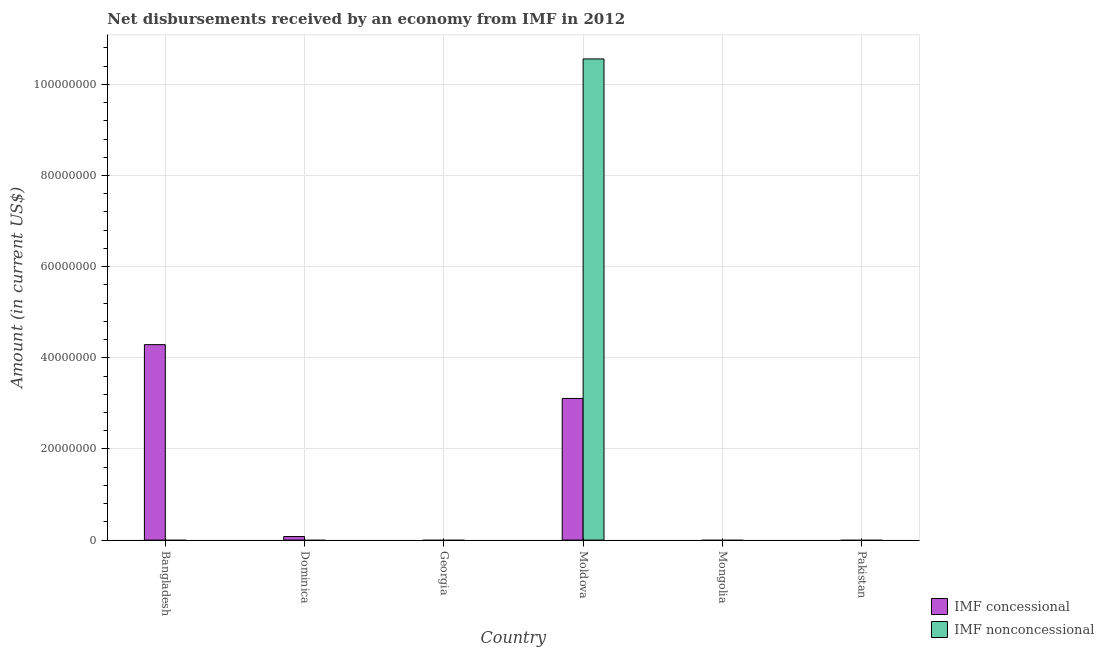
| Country | IMF concessional | IMF nonconcessional |
 | --- | --- | --- |
 | Bangladesh | 4.29e+07 | -1.02e+08 |
 | Dominica | 7.83e+05 | -1.57e+06 |
 | Georgia | -3.04e+07 | -2.14e+08 |
 | Moldova | 3.11e+07 | 1.06e+08 |
 | Mongolia | -2.49e+06 | -3.22e+07 |
 | Pakistan | -2.24e+08 | -2.05e+09 |